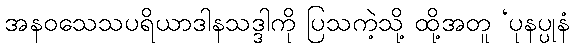
အနဝသေသပရိယာဒါနသဒ္ဒါကို ပြသကဲ့သို့ ထို့အတူ ‘ပုနပ္ပုနံ